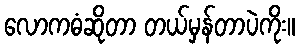
လောကဓံဆိုတာ တယ်မှန်တာပဲကိုး။